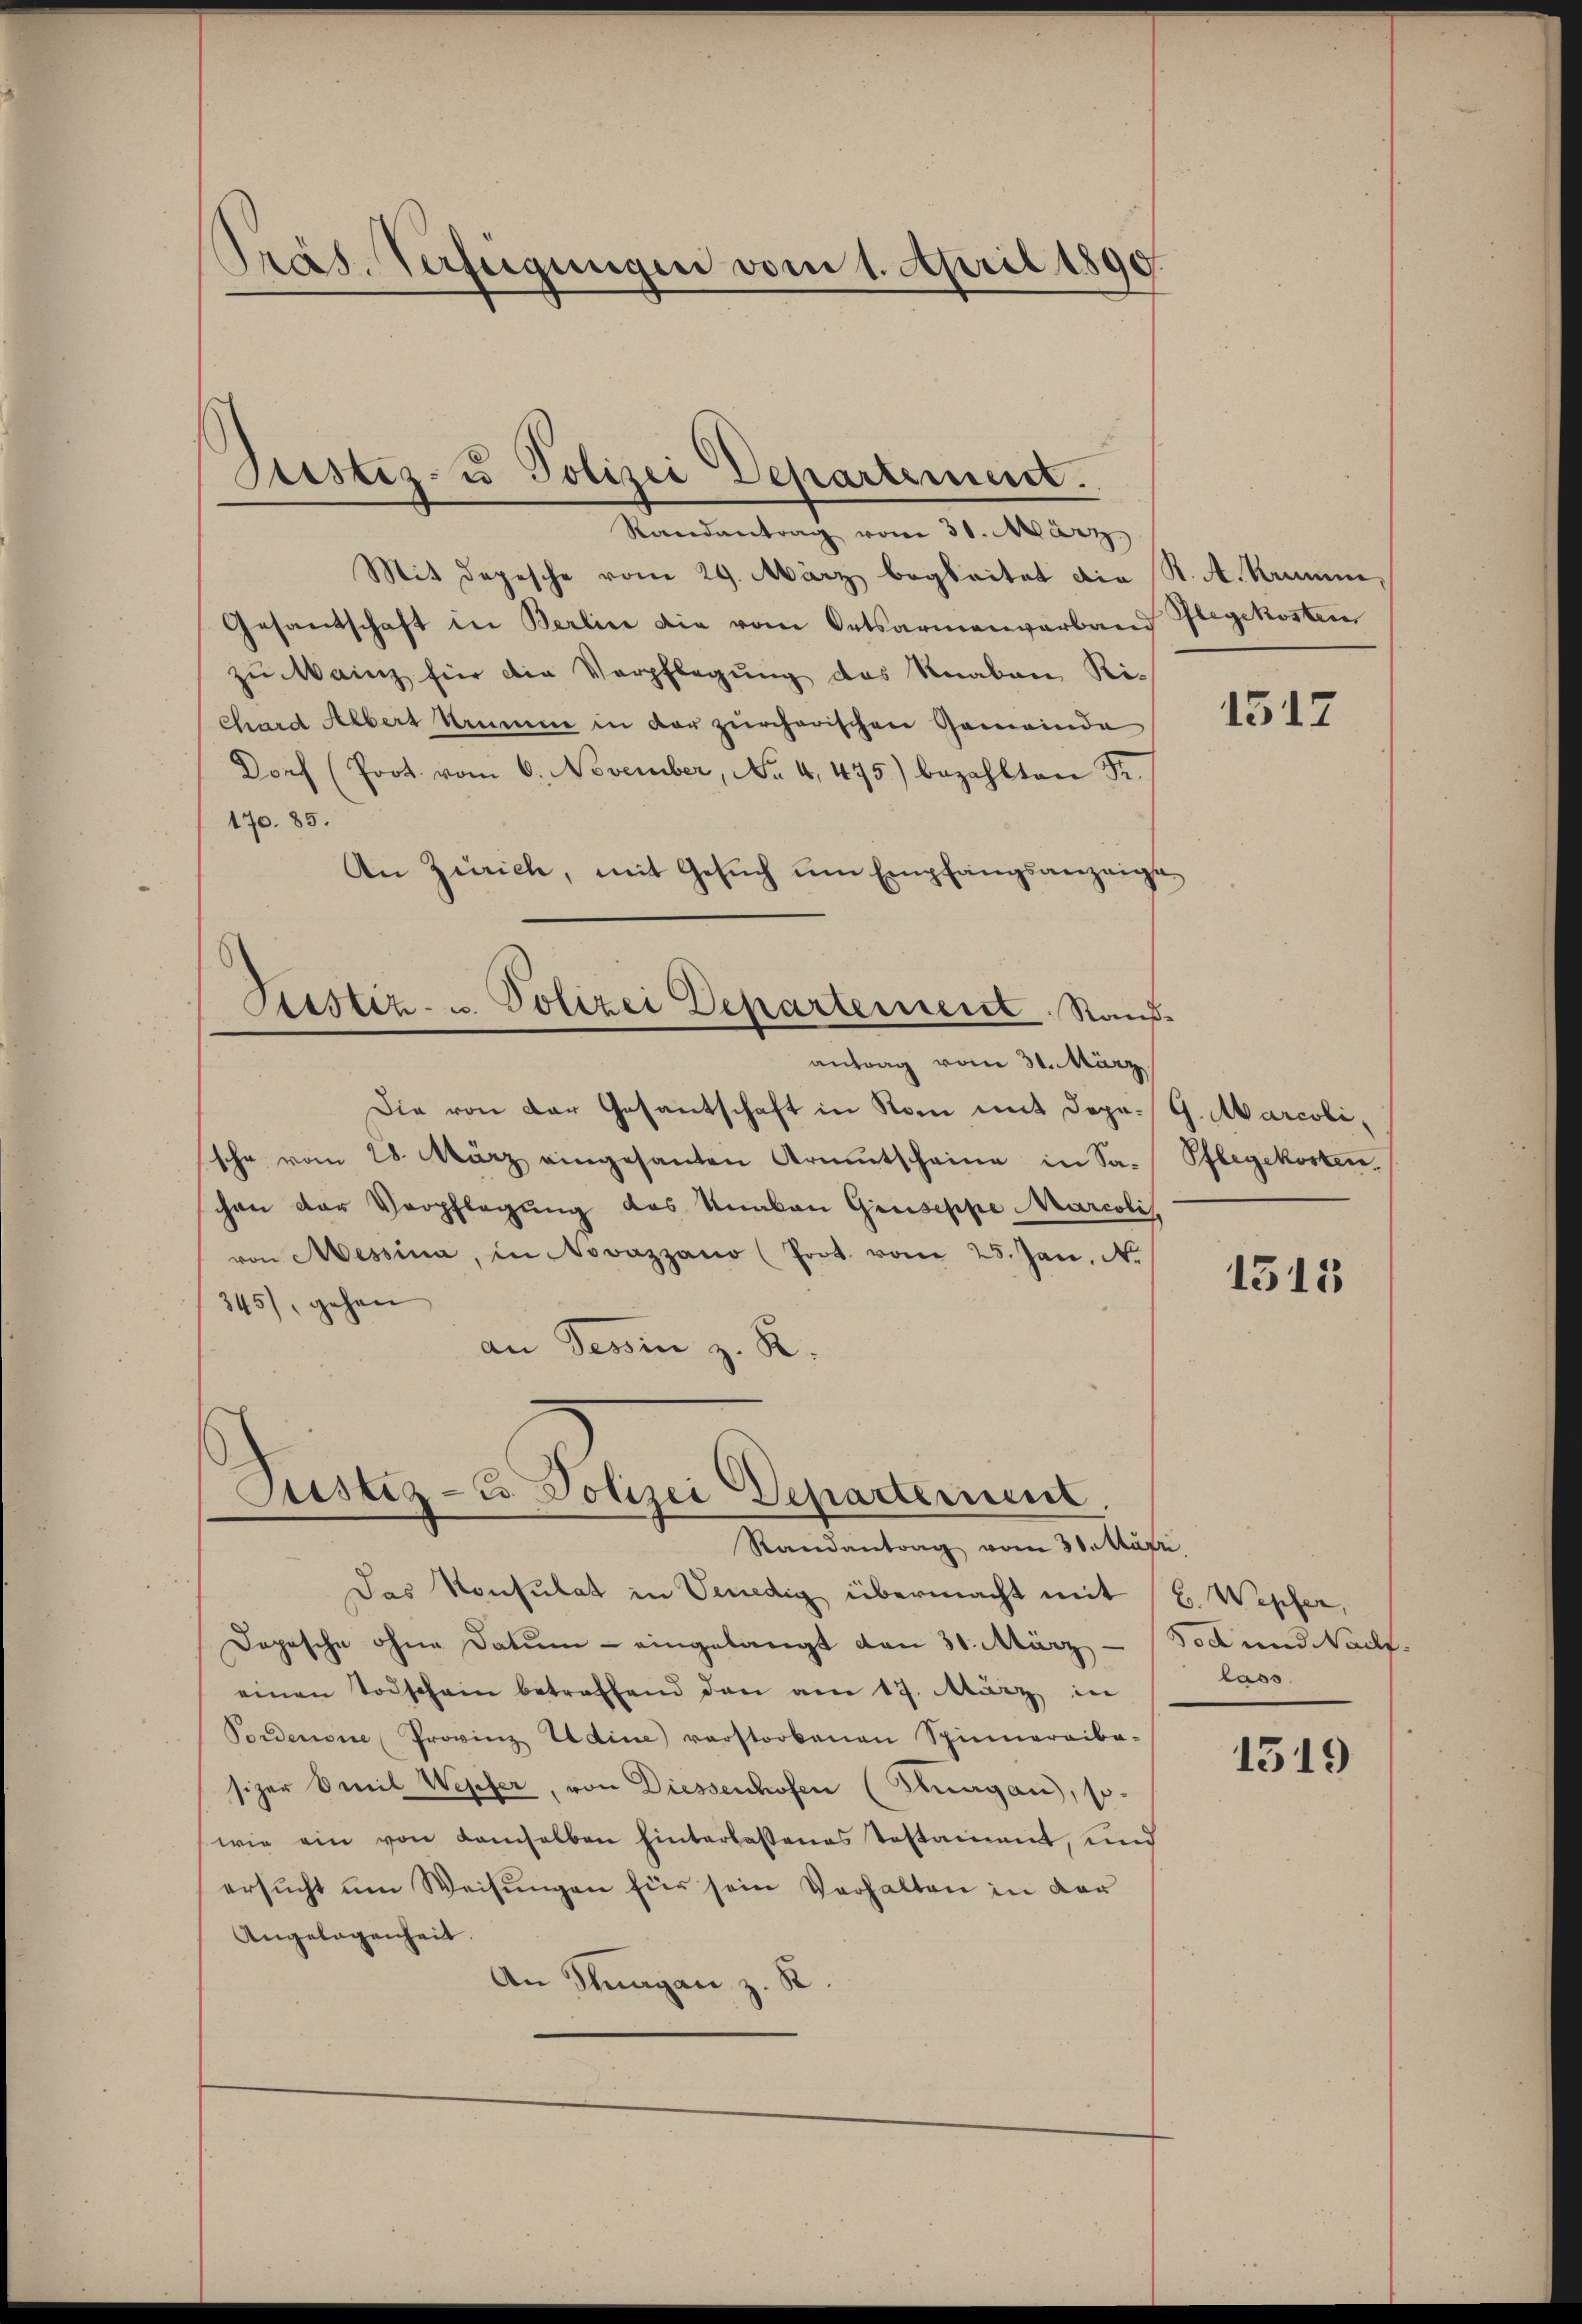
Präs. Verfügungen vom 1. April 1890.

Mit depesche vom 29. März begleitet die St. A. Krumme,
Gesandschaft in Berlin die vom Ortsarmenverband Pflegekosten
zu Mainz für die Verpflegung des Knaben, Richard Albert Krumme in der zürcherischen Gemeinde
Dorf (Poot. vom 6. November, No. 4, 475) bezahlten Fr.
170. 85.
An Zürich, mit Gesŭch um Empfangsanzeige
Sistiz- u. Polizei Departement Rauf
antrag vom 31. März.
Die von der Gesantschaft in Rom mit Dopr. G. Marcolische vom 28. März eingesanten Armutscheine in Sa-Pflegekosten,
schen der Verpflegung das Unakon Giuseppe Marcolis
von Messina, in Novazzano (Prot. vom 25. Jan. N
345), gehen
an Tessin z. R.

Justiz- u Polizei Departement.
Randantrag vom 31. März

Justiz- u. Polizei Departement.
Randantrag vom 30. Mär

Das Konsulat in Venedig übermacht mit (C. Wepfer,
Dopesche ohne Datum - eingelangt den 30. März
einen Todschein betreffend den am 17. März in
Pordenene Provinz Udine verstorbenen Spinnereiba-
sizer Emil Wepfer, von Diessenhofen (Thurgau, so-
wie ein von demselben hinterlassenes Testament, und
ersucht um Weisungen für sein Verhalten in der
Angelegenheit.
An Stuagan, z. K

1517

1515

Tod und Nacht.
lass

1519